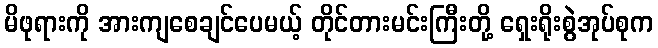
မိဖုရားကို အားကျစေချင်ပေမယ့် တိုင်တားမင်းကြီးတို့ ရှေးရိုးစွဲအုပ်စုက